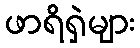
ဖာရိရှဲများ